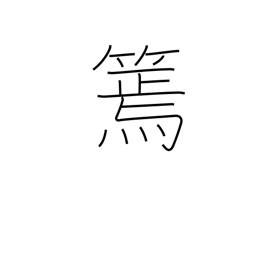
Meaning: slender bamboo